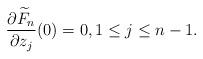
LaTeX: \begin{align*}\frac{\partial \widetilde{F}_{n}}{\partial z_{j}}(0)=0, 1 \leq j \leq n-1.\end{align*}